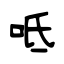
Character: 呧